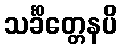
သင်္ခိတ္တေနပိ